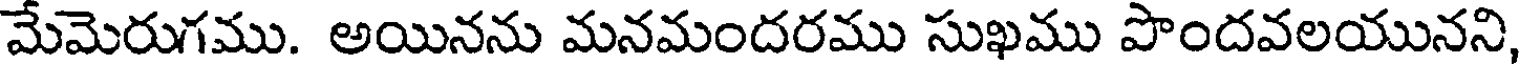
మేమెరుగము. అయినను మనమందరము సుఖము పొందవలయునని,